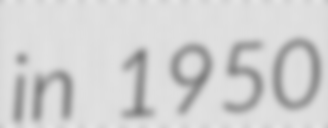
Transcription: in 1950